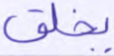
يخلق